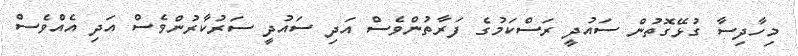
މިހާދިސާ ގުޅޭގޮތުން ސައުދީ ރަސްކަމުގެ ފަރާތުންވެސް އަދި ސައުދީ ސަރުކާރުންވެސް އަދި އެއްވެސް